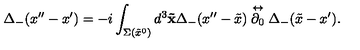
\Delta _ { - } ( x ^ { \prime \prime } - x ^ { \prime } ) = - i \int _ { \Sigma ( \tilde { x } ^ { 0 } ) } d ^ { 3 } { \bf \tilde { x } } \Delta _ { - } ( x ^ { \prime \prime } - \tilde { x } ) \stackrel { \leftrightarrow } { \partial _ { 0 } } \Delta _ { - } ( \tilde { x } - x ^ { \prime } ) .